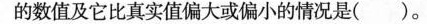
的数值及它比真实值偏大或偏小的情况是()。